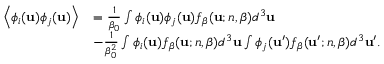
\begin{array} { r l } { \left< \phi _ { i } ( \mathbf { u } ) \phi _ { j } ( \mathbf { u } ) \right> } & { = \frac { 1 } { \beta _ { 0 } } \int \phi _ { i } ( \mathbf { u } ) \phi _ { j } ( \mathbf { u } ) f _ { \boldsymbol { \beta } } ( \mathbf { u } ; n , \boldsymbol { \beta } ) d ^ { 3 } \mathbf { u } } \\ & { - \frac { 1 } { \beta _ { 0 } ^ { 2 } } \int \phi _ { i } ( \mathbf { u } ) f _ { \boldsymbol { \beta } } ( \mathbf { u } ; n , \boldsymbol { \beta } ) d ^ { 3 } \mathbf { u } \int \phi _ { j } ( \mathbf { u } ^ { \prime } ) f _ { \boldsymbol { \beta } } ( \mathbf { u } ^ { \prime } ; n , \boldsymbol { \beta } ) d ^ { 3 } \mathbf { u } ^ { \prime } . } \end{array}